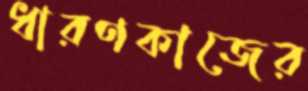
ধারণকাজের